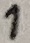
Text: 1